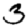
Digit: 3